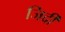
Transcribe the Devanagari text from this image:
जिर्दी